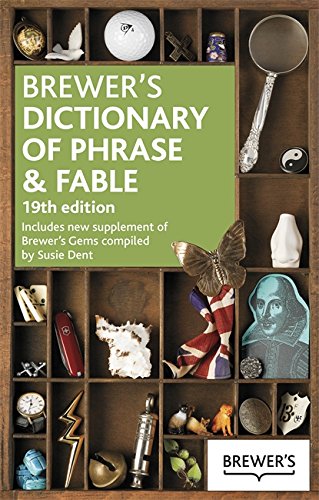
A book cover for Brewer's Dictionary of Phrase and Fable 19th Edition; Dr. Ebenezer Cobham Brewer; Reference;